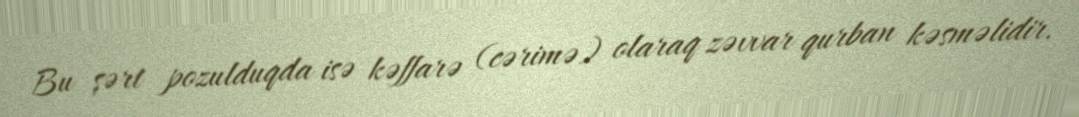
Bu şərt pozulduqda isə kəffarə (cərimə) olaraq zəvvar qurban kəsməlidir.